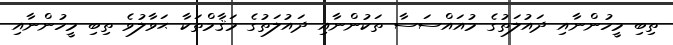
ތިބި މީހުންނާއި ދައުލަތުގެ މުއައްސަސާ ތަކުންނާއި ދައުލަތުގެ މަޤާމްތަކާ ޙަވާލުވެ ތިބި މީހުންނާއި